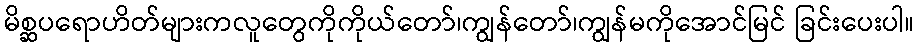
မိစ္ဆပရောဟိတ်များကလူတွေကိုကိုယ်တော်၊ကျွန်တော်၊ကျွန်မကိုအောင်မြင် ခြင်းပေးပါ။